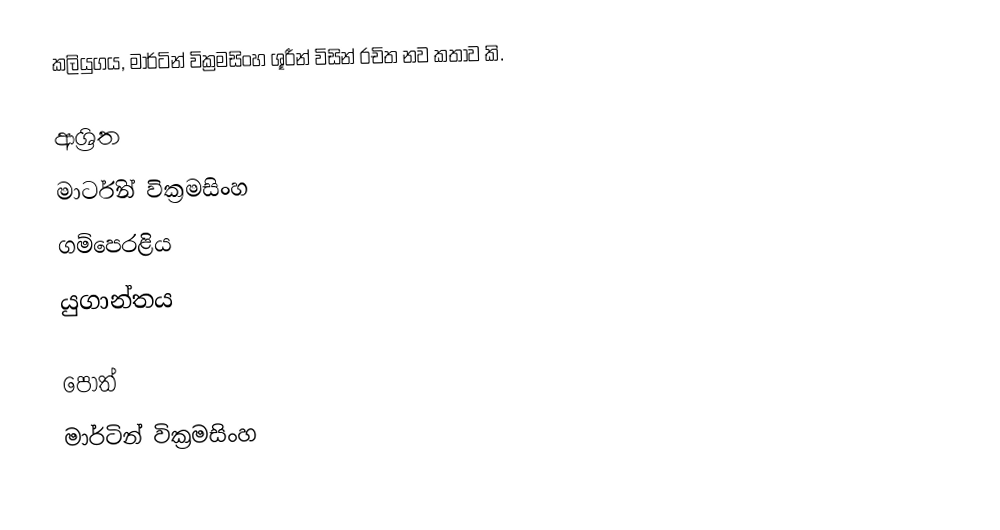
කලියුගය, මාර්ටින් වික්‍රමසිංහ ශූරීන් විසින් රචිත නව කතාව කි.

ආශ්‍රිත
 මාර්ටින් වික්‍රමසිංහ
 ගම්පෙරළිය
 යුගාන්තය

පොත්
මාර්ටින් වික්‍රමසිංහ